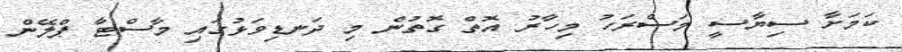
ކަމަށާ ސިޔާސީ މަސްރަހު މިހާރު އޮތް ގޮތުން މި ދަނޑިވަޅުގައި މާސްޓާ ޕްލޭން